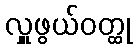
လှူဖွယ်ဝတ္ထု